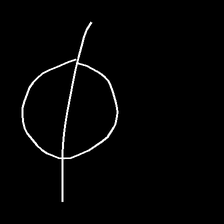
Glyph: orb